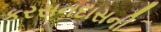
કરસનદાસની